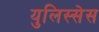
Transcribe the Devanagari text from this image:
युलिस्सेस